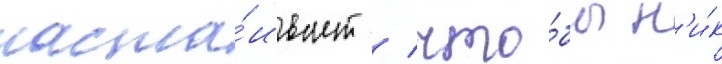
наста́ивает / что́бы н'и́к